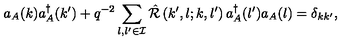
a _ { A } ( k ) a _ { A } ^ { \dagger } ( k ^ { \prime } ) + q ^ { - 2 } \sum _ { l , l ^ { \prime } \in { \cal I } } { \hat { \cal R } } \left( k ^ { \prime } , l ; k , l ^ { \prime } \right) a _ { A } ^ { \dagger } ( l ^ { \prime } ) a _ { A } ( l ) = \delta _ { k k ^ { \prime } } ,